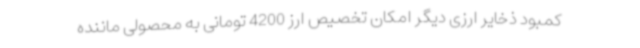
کمبود ذخایر ارزی دیگر امکان تخصیص ارز 4200 تومانی به محصولی ماننده